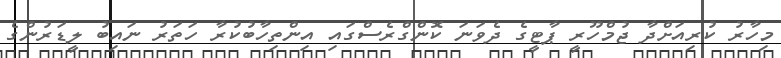
މިހާރު ކުރިއަށްދާ ޖުމްހޫރީ ޕާޓީގެ ދެވަނަ ކޮންގްރެސްގައި އިންތިހާބުކުރާ ހަތަރު ނައިބު ލީޑަރުންގެ